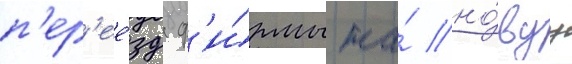
п'ер'ее́зд ф'и́рмы на́ но́вуу